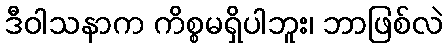
ဒီဝါသနာက ကိစ္စမရှိပါဘူး၊ ဘာဖြစ်လဲ